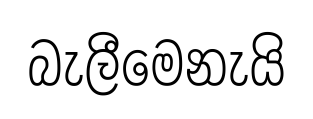
බැලීමෙනැයි